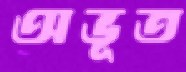
অভূত